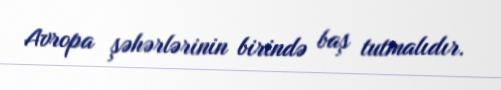
Avropa şəhərlərinin birində baş tutmalıdır.